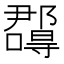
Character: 𭌉